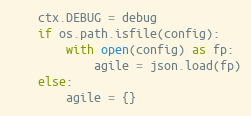
Language: Python
    ctx.DEBUG = debug
    if os.path.isfile(config):
        with open(config) as fp:
            agile = json.load(fp)
    else:
        agile = {}